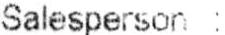
SALESPERSON :